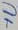
Text: +U